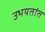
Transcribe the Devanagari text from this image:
उभयतांत